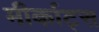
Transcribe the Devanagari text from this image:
मीर्काट्स